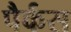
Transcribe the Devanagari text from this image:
पैर्कस